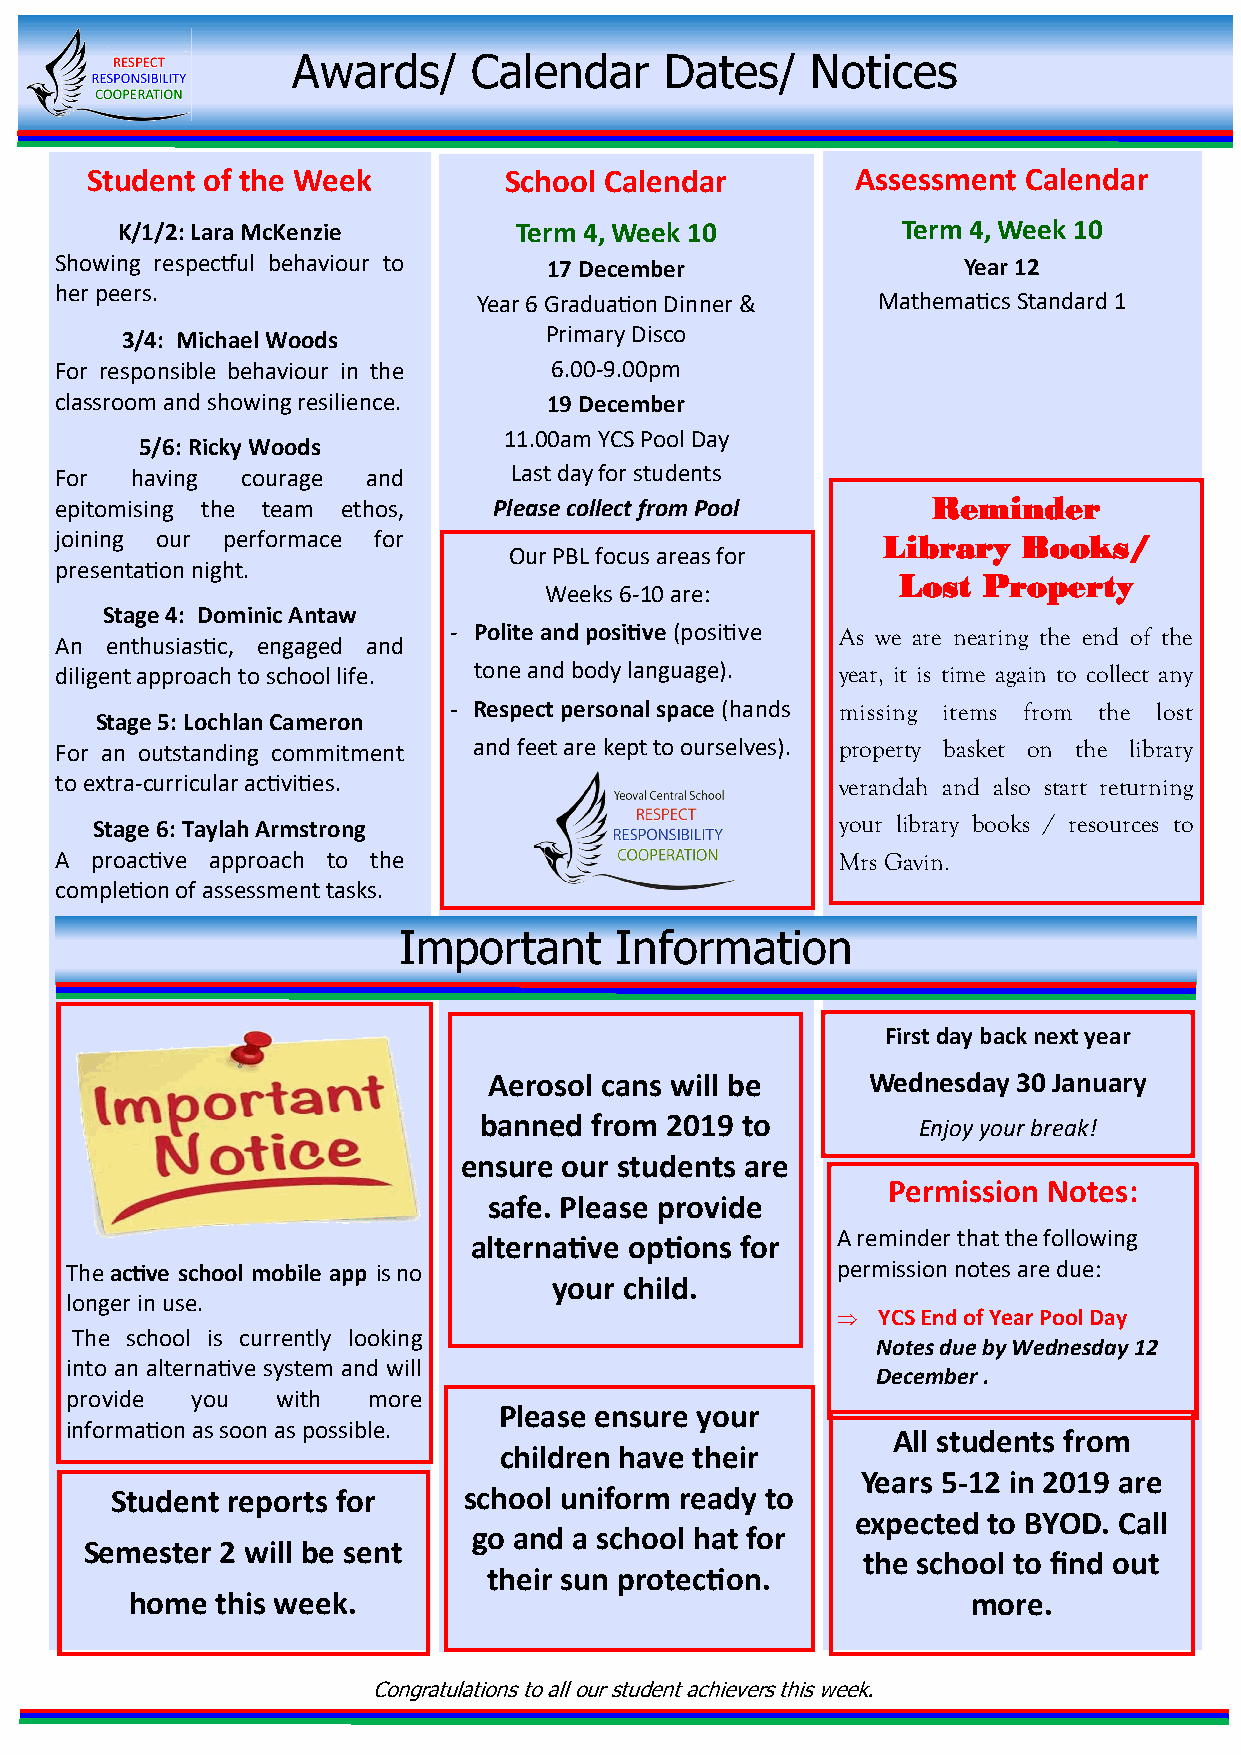
Awards/     Calendar     Dates/    Notices
 Student of the Week        School Calendar         Assessment Calendar
 K/1/2: Lara McKenzie      Term 4, Week 10           Term 4, Week 10
 Showing respectful behaviour to 17 December                 Year 12
 her peers.
 Year 6 Graduation Dinner & Mathematics Standard 1
 3/4: Michael Woods          Primary Disco
 For responsible behaviour in the 6.00-9.00pm
 classroom and showing resilience. 19 December
 11.00am YCS Pool Day
 5/6: Ricky Woods
 For  having courage and       Last day for students
 epitomising the team ethos,  Please collect from Pool     Reminder
 joining our performace for                            Library   Books/
 Our PBL focus areas for
 presentation night.
 Lost  Property
 Weeks 6-10 are:
 Stage 4: Dominic Antaw
 - Polite and positive (positive As we are nearing the end of the
 An enthusiastic, engaged and
 diligent approach to school life. tone and body language). year, it is time again to collect any
 - Respect personal space (hands missing items from the lost
 Stage 5: Lochlan Cameron
 For an outstanding commitment and feet are kept to ourselves). property basket on the library
 to extra-curricular activities.                     verandah and also start returning
 Stage 6: Taylah Armstrong                         your library books / resources to
 A proactive approach to the                         Mrs Gavin.
 completion of assessment tasks.
 Important      Information
 First day back next year
 Aerosol cans will be     Wednesday 30 January
 banned from 2019 to          Enjoy your break!
 ensure our students are
 Permission Notes:
 safe. Please provide
 A reminder that the following
 alternative options for
 The active school mobile app is no                 permission notes are due:
 your child.
 longer in use.
   YCS End of Year Pool Day
 The school is currently looking
 Notes due by Wednesday 12
 into an alternative system and will
 December .
 provide  you  with  more
 Please ensure your
 information as soon as possible.
 All students from
 children have their
 Years 5-12 in 2019 are
 Student reports for     school uniform ready to
 expected to BYOD. Call
 go and a school hat for
 Semester 2 will be sent
 the school to find out
 their sun protection.
 home this week.                                        more.
 Congratulations to all our student achievers this week.